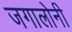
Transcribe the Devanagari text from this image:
जगालोनी